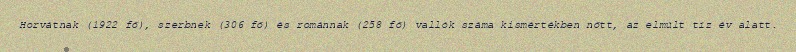
Horvátnak (1922 fő), szerbnek (306 fő) és románnak (258 fő) vallók száma kismértékben nőtt, az elmúlt tíz év alatt.